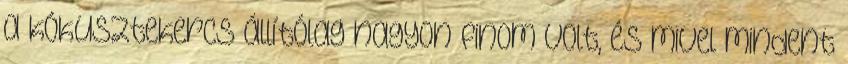
a kókusztekercs állítólag nagyon finom volt, és mivel mindent